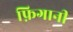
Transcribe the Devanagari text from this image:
फ़िगानी